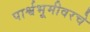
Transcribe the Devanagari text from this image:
पार्श्वभूमीवरचे